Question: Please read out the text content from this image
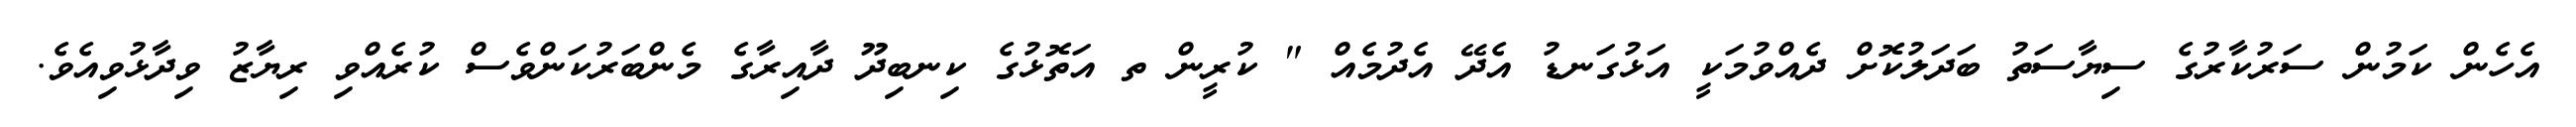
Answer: އެހެން ކަމުން ސަރުކާރުގެ ސިޔާސަތު ބަދަލުކޮށް ދެއްވުމަކީ އަޅުގަނޑު އެދޭ އެދުމެއް " ކުރީން ތ އަތޮޅުގެ ކިނބިދޫ ދާއިރާގެ މެންބަރުކަންވެސް ކުރެއްވި ރިޔާޒު ވިދާޅުވިއެވެ.